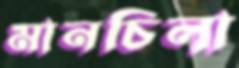
মানচিলা